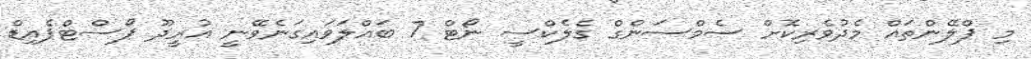
މި ޕްލޭންތައް މެދުވެރިކޮށް ސެމްސަންގް ގެލެކްސީ ނޯޓް 7 ބައްލަވައިގަނެވޭނީ އުރީދޫ ޕޯސްޓްޕެއިޑް